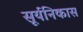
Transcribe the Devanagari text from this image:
सूर्यनिकास